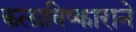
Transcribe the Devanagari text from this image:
कलाविष्काराने